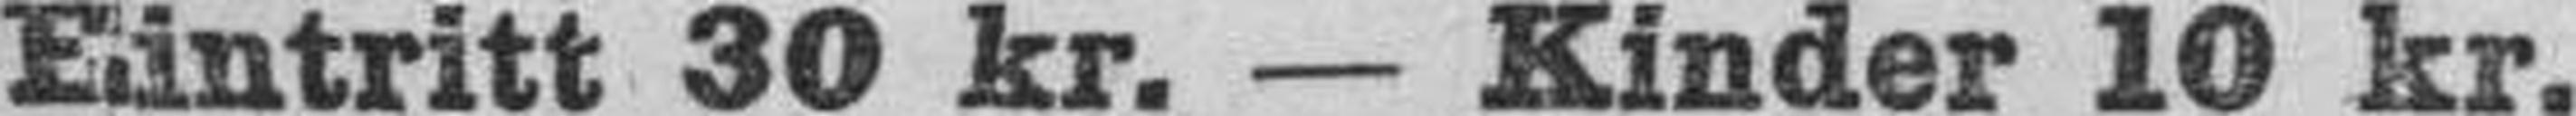
Eintritt 30 kr. — Kinder 10 kr.